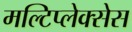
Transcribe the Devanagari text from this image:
मल्टिप्लेक्सेस